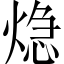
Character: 𤌀